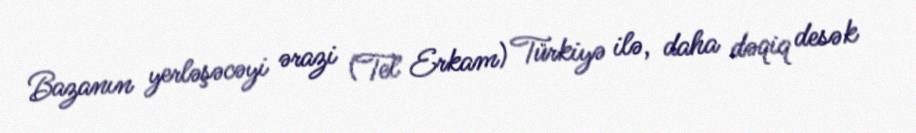
Bazanın yerləşəcəyi ərazi (Tel Erkam) Türkiyə ilə, daha dəqiq desək